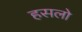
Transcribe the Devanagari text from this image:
हसलो